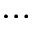
\ldots